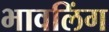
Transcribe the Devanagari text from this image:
भावलिंग